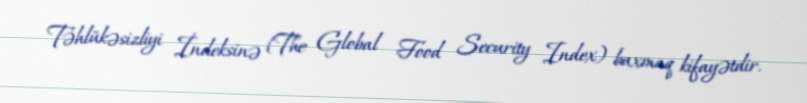
Təhlükəsizliyi İndeksinə (The Global Food Security Index) baxmaq kifayətdir.